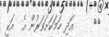
٧٧     އަދި ހަމަކަށަވަރުން އެ  އަކީ